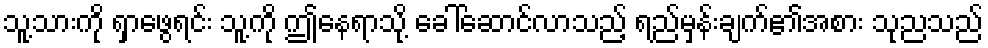
သူ့သားကို ရှာဖွေရင်း သူ့ကို ဤနေရာသို့ ခေါ်ဆောင်လာသည့် ရည်မှန်းချက်၏အစား သုညသည်